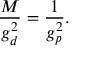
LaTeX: \frac { M } { g _ { d } ^ { 2 } } = \frac { 1 } { g _ { p } ^ { 2 } } .